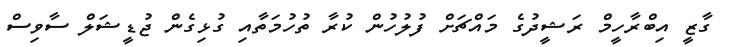
ގާޒީ އިބްރާހީމް ރަޝީދުގެ މައްޗަށް ފުލުހުން ކުރާ ތުހުމަތާއި ގުޅިގެން ޖުޑީޝަލް ސާވިސް